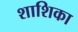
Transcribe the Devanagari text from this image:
शाशिका